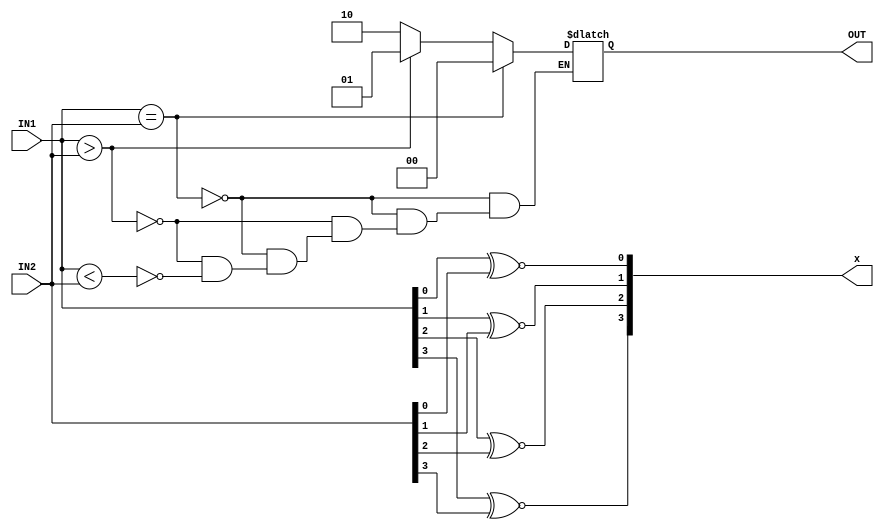
`timescale 1ns / 1ps

module Comparator(
    input [3:0] IN1,
    input [3:0] IN2,
    output reg [1:0] OUT,
    output [3:0] x
    );
    
    integer i;
    assign x[0] = IN1[0]^~IN2[0];
    assign x[1] = IN1[1]^~IN2[1];
    assign x[2] = IN1[2]^~IN2[2];
    assign x[3] = IN1[3]^~IN2[3];
    
    always @(IN1 or IN2)
    begin
        if(IN1 == IN2) OUT = 3'b000;
        else if (IN1 > IN2)
            OUT = 3'b001;
        else if (IN1 < IN2)
            OUT = 3'b010;
    end
    
endmodule